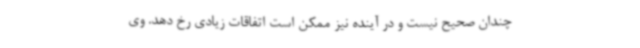
چندان صحیح نیست و در آینده نیز ممکن است اتفاقات زیادی رخ دهد. وی